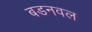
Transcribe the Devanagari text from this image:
बडनवल